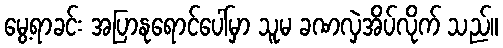
မွေ့ရာခင်း အပြာနုရောင်ပေါ်မှာ သူမ ခဏလှဲအိပ်လိုက် သည်။